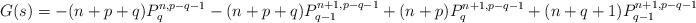
LaTeX: \begin{align*}G(s)=-(n+p+q)P_q^{n,p-q-1}-(n+p+q)P_{q-1}^{n+1,p-q-1}+(n+p)P_q^{n+1,p-q-1}+(n+q+1)P_{q-1}^{n+1,p-q-1}\Big),\end{align*}